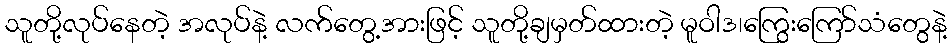
သူတို့လုပ်နေတဲ့ အလုပ်နဲ့ လက်တွေ့အားဖြင့် သူတို့ချမှတ်ထားတဲ့ မူဝါဒ၊ကြွေးကြော်သံတွေနဲ့